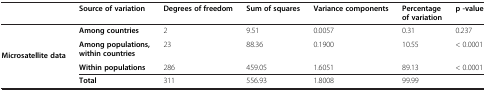
<table><thead><tr><td>[EMPTY_CELL]</td><td><b>Source of variation</b></td><td><b>Degrees of freedom</b></td><td><b>Sum of squares</b></td><td><b>Variance components</b></td><td><b>Percentage of variation</b></td><td><b>p -value</b></td></tr></thead><tbody><tr><td rowspan="4"><b>Microsatellite data</b></td><td><b>Among countries</b></td><td>2</td><td>9.51</td><td>0.0057</td><td>0.31</td><td>0.237</td></tr><tr><td><b>Among populations, within countries</b></td><td>23</td><td>88.36</td><td>0.1900</td><td>10.55</td><td>&lt; 0.0001</td></tr><tr><td><b>Within populations</b></td><td>286</td><td>459.05</td><td>1.6051</td><td>89.13</td><td>&lt; 0.0001</td></tr><tr><td><b>Total</b></td><td>311</td><td>556.93</td><td>1.8008</td><td>99.99</td><td>[EMPTY_CELL]</td></tr></tbody></table>